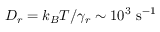
D _ { r } = k _ { B } T / \gamma _ { r } \sim 1 0 ^ { 3 } ~ \mathrm { s ^ { - 1 } }